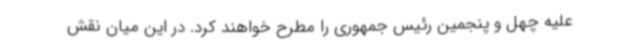
علیه چهل و پنجمین رئیس جمهوری را مطرح خواهند کرد. در این میان نقش